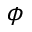
\phi